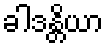
ခါဒန္တိယာ